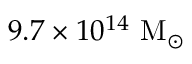
9 . 7 \times 1 0 ^ { 1 4 } ~ \mathrm { M } _ { \odot }